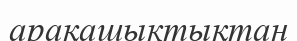
арақашыктықтан